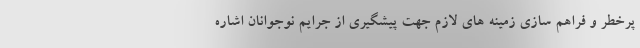
پرخطر و فراهم سازی زمینه های لازم جهت پیشگیری از جرایم نوجوانان اشاره